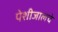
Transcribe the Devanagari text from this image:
पेशीजालचे